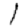
Digit: 1